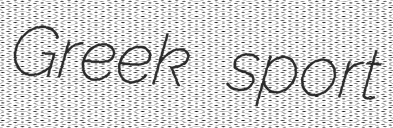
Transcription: Greek sport